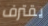
يقترف